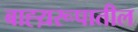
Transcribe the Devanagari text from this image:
बाह्य़रूपातील